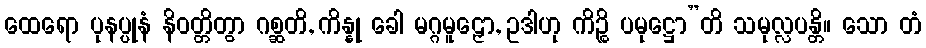
ထေရော ပုနပ္ပုနံ နိဝတ္တိတွာ ဂစ္ဆတိ, ကိန္နု ခေါ မဂ္ဂမူဠှော, ဥဒါဟု ကိဉ္စိ ပမုဋ္ဌော”တိ သမုလ္လပန္တိ။ သော တံ